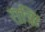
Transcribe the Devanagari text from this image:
रात्रि।